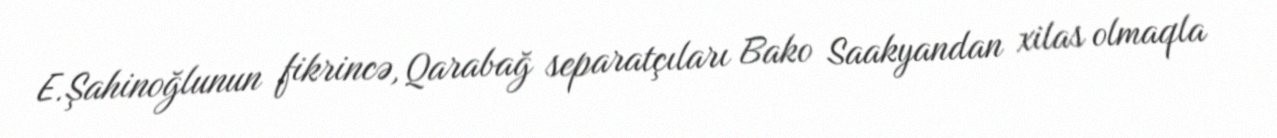
E.Şahinoğlunun fikrincə, Qarabağ separatçıları Bako Saakyandan xilas olmaqla